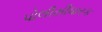
પોલીસીધારક